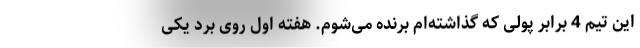
این تیم 4 برابر پولی که گذاشته‌ام برنده می‌شوم. هفته اول روی برد یکی